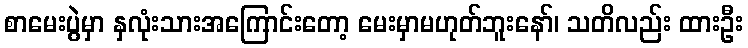
စာမေးပွဲမှာ နှလုံးသားအကြောင်းတော့ မေးမှာမဟုတ်ဘူးနော်၊ သတိလည်း ထားဦး